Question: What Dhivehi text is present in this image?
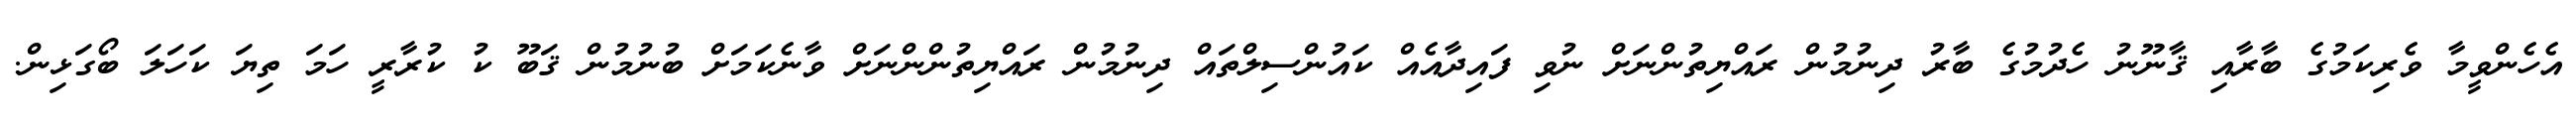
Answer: އެހެންވީމާ ވެރިކަމުގެ ބާރާއި ޤާނޫނު ހެދުމުގެ ބާރު ދިނުމުން ރައްޔިތުންނަށް ނުވި ފައިދާއެއް ކައުންސިލްތައް ދިނުމުން ރައްޔިތުންންނަށް ވާނެކަމަށް ބުނުމުން ޤަބޫ ކު ކުރާރީ ހަމަ ތިޔަ ކަހަލަ ބޯގަޅިން.